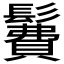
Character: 𩯃